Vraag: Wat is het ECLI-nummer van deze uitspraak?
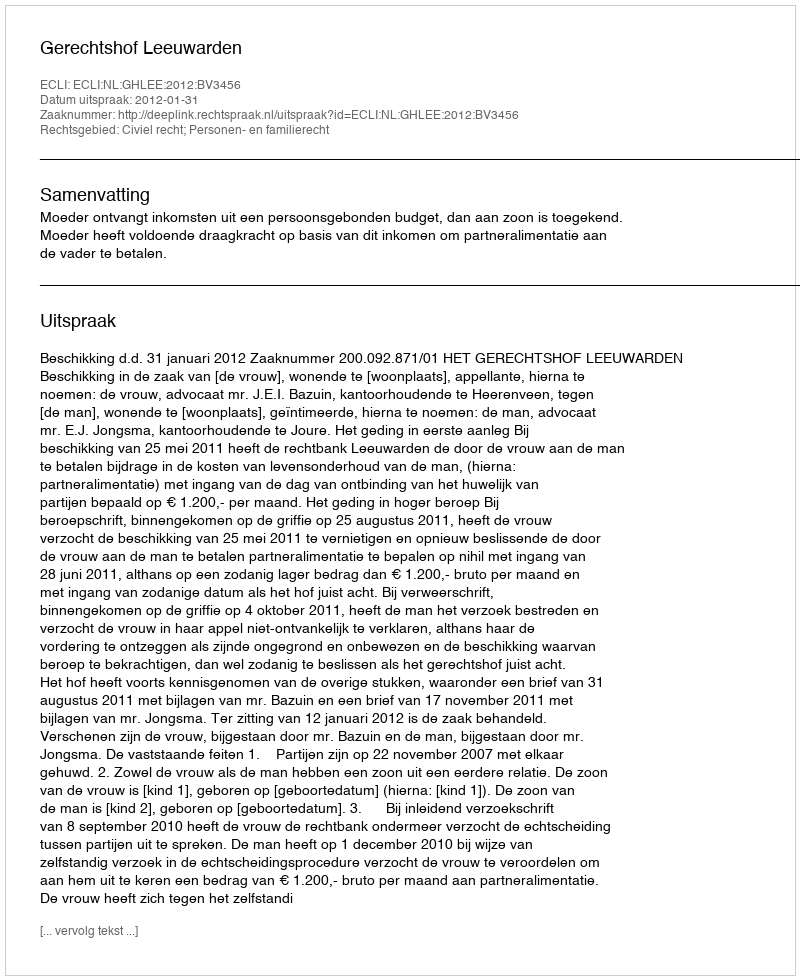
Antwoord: ECLI:NL:GHLEE:2012:BV3456